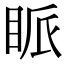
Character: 眽